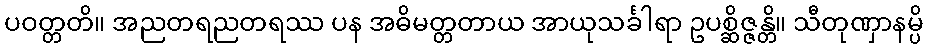
ပဝတ္တတိ။ အညတရညတရဿ ပန အဓိမတ္တတာယ အာယုသင်္ခါရာ ဥပစ္ဆိဇ္ဇန္တိ။ သီတုဏှာနမ္ပိ